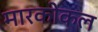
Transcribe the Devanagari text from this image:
मारकोकल